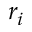
r _ { i }